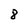
Character: 8